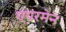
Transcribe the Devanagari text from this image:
एयरमेन